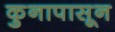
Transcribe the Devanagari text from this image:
कुनापासून